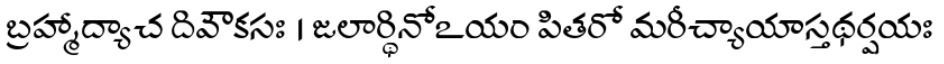
బ్రహ్మాద్యాచ దివౌకసః । జలార్థినోఽయం పితరో మరీచ్యాయాస్తథర్షయః